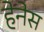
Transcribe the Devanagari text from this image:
हेनेस